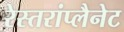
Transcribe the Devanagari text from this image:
रेस्तरांप्लैनेट